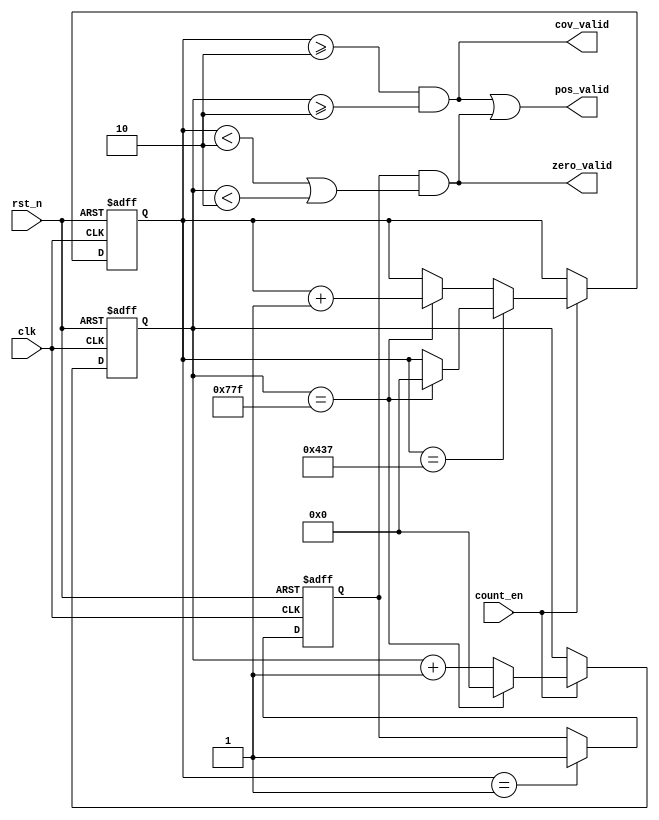
//a33 position calculate
module sobel_position_calculate#(
    parameter   RAW_FRAME_COLNUM    =   1920,
    parameter   RAW_FRAME_ROWNUM    =   1080
)(
    input               clk         ,    
    input               rst_n       ,
    input               count_en    ,
    output  wire        cov_valid   ,   //a11-a33
    output  wire        zero_valid  ,   //pad0
    output  wire        pos_valid       //
);
reg [11:0]  row_cnt;
reg [11:0]  col_cnt;
//****************reset_flag_logic*************************//
//corner case
reg reset_flag;
always @(posedge clk,negedge rst_n) begin
    if(~rst_n)begin
        reset_flag <= 1'b0;
    end
    else if(row_cnt == 1'b1 )begin
        reset_flag <= 1'b1;
    end
end
//***************************CNT**************************//
always @(posedge clk,negedge rst_n) begin
    if(!rst_n)begin
        row_cnt <=  12'd0;
        col_cnt <=  12'd0;
    end
    else if(count_en)begin
        if(row_cnt == RAW_FRAME_ROWNUM-1)begin
            if(col_cnt == RAW_FRAME_COLNUM -1)begin//case1
                row_cnt <=  12'd0;
                col_cnt <=  12'd0;                
            end
            else begin                             //case2
                row_cnt <=  row_cnt;
                col_cnt <=  col_cnt + 1'b1;                 
            end
        end
        else begin
            if(col_cnt == RAW_FRAME_COLNUM -1)begin//case3
                row_cnt <=  row_cnt + 1'b1;
                col_cnt <=  12'd0;
            end
            else begin                             //case4
                row_cnt <=  row_cnt;
                col_cnt <=  col_cnt + 1'b1;                
            end  
        end
    end
end
//*******************pos_calculate**************************//
assign  cov_valid   = (row_cnt>= 'd2) && (col_cnt >= 'd2); 
assign  zero_valid  = reset_flag &&((row_cnt < 'd2) || (col_cnt < 'd2));
assign  pos_valid   = cov_valid | zero_valid;
endmodule